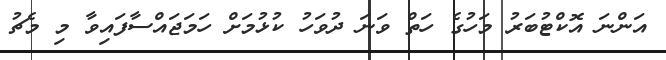
އަންނަ އޮކްޓުބަރު މަހުގެ ހަތް ވަނަ ދުވަހު ކުޅުމަށް ހަމަޖައްސާފައިވާ މި މެޗު